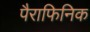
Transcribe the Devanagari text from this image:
पैराफिनिक